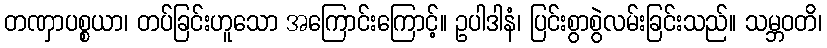
တဏှာပစ္စယာ၊ တပ်ခြင်းဟူသော အကြောင်းကြောင့်။ ဥပါဒါနံ၊ ပြင်းစွာစွဲလမ်းခြင်းသည်။ သမ္ဘဝတိ၊